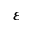
\varepsilon